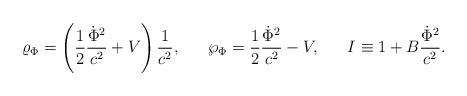
LaTeX: \begin{align*}\varrho_{\Phi}=\left({1\over 2}{\dot{\Phi}^2\over c^2}+V\right){1\over c^2},\ \ \ \ \ \wp_{\Phi}={1\over 2}{\dot{\Phi}^2\over c^2}-V,\ \ \ \ \ I\equiv 1+B{\dot{\Phi}^2\over c^2}.\end{align*}